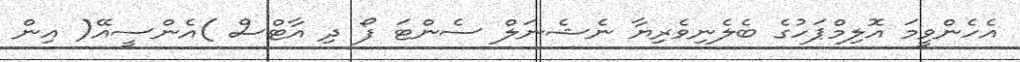
އެހެންވީމަ އޮލިމްޕަހުގެ ބެލެނިވެރިޔާ ނެޝެނަލް ސެންޓަ ފޯ ދި އާޓްސް )އެންސީއޭ( އިން